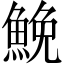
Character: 鮸